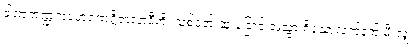
ခါဏုကဏ္ဍကပဟရဏဂ္ဂိဇာလာဒီဟိ၊ သစ်ငုတ် ဆူးငြောင့် အသွားရှိသောလက်နက် မီးလျှံ